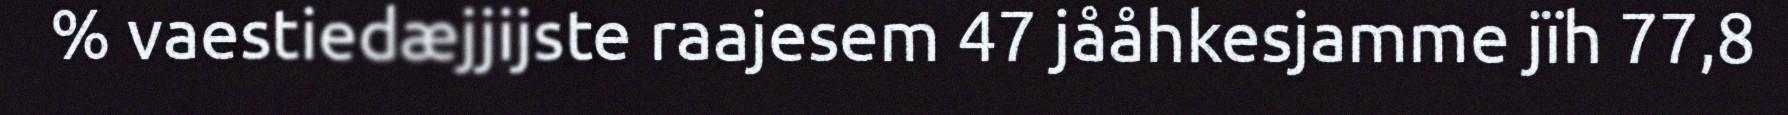
% vaestiedæjjijste raajesem 47 jååhkesjamme jïh 77,8